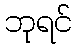
ဘုရင်